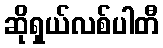
ဆိုရှယ်လစ်ပါတီ